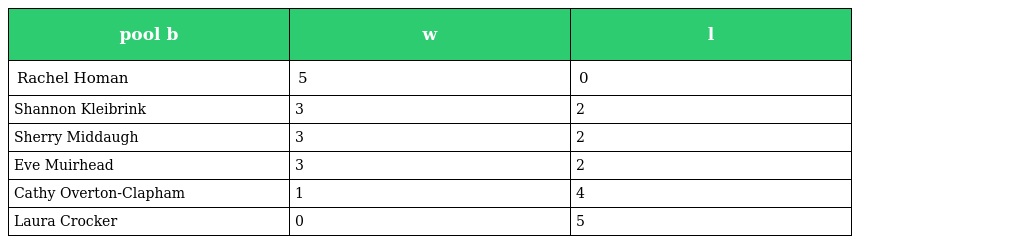
| pool b | w | l |
 | --- | --- | --- |
 | Rachel Homan | 5 | 0 |
 | Shannon Kleibrink | 3 | 2 |
 | Sherry Middaugh | 3 | 2 |
 | Eve Muirhead | 3 | 2 |
 | Cathy Overton-Clapham | 1 | 4 |
 | Laura Crocker | 0 | 5 |